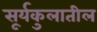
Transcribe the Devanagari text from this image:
सूर्यकुलातील